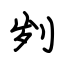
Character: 刿